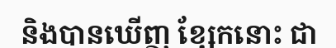
និងបានឃើញ ខ្សែកនោះ ជា